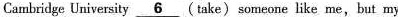
Cambridge University \underline{6} ( take) someone like me,but my